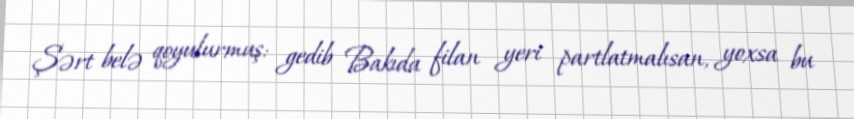
Şərt belə qoyulurmuş: gedib Bakıda filan yeri partlatmalısan, yoxsa bu